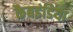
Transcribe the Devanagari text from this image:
कैबइंडिया